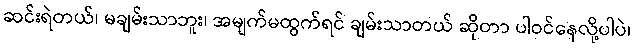
ဆင်းရဲတယ်၊ မချမ်းသာဘူး၊ အမျက်မထွက်ရင် ချမ်းသာတယ် ဆိုတာ ပါဝင်နေလို့ပါပဲ၊